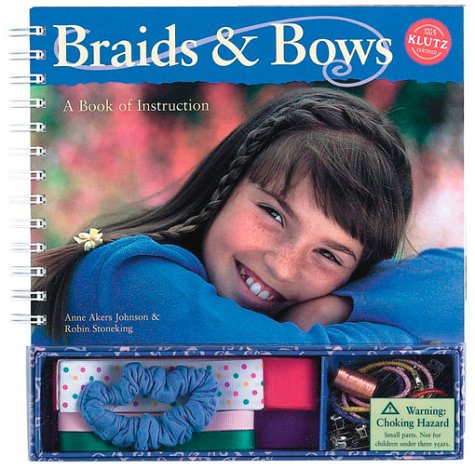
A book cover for Braids and Bows: A Book of Instruction; Anne Akers Johnson; Teen & Young Adult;